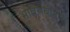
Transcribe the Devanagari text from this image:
भावसंबंधाचे